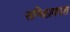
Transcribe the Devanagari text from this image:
सन्धिप्रकाश